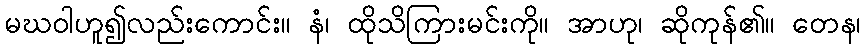
မဃဝါဟူ၍လည်းကောင်း။ နံ၊ ထိုသိကြားမင်းကို။ အာဟု၊ ဆိုကုန်၏။ တေန၊